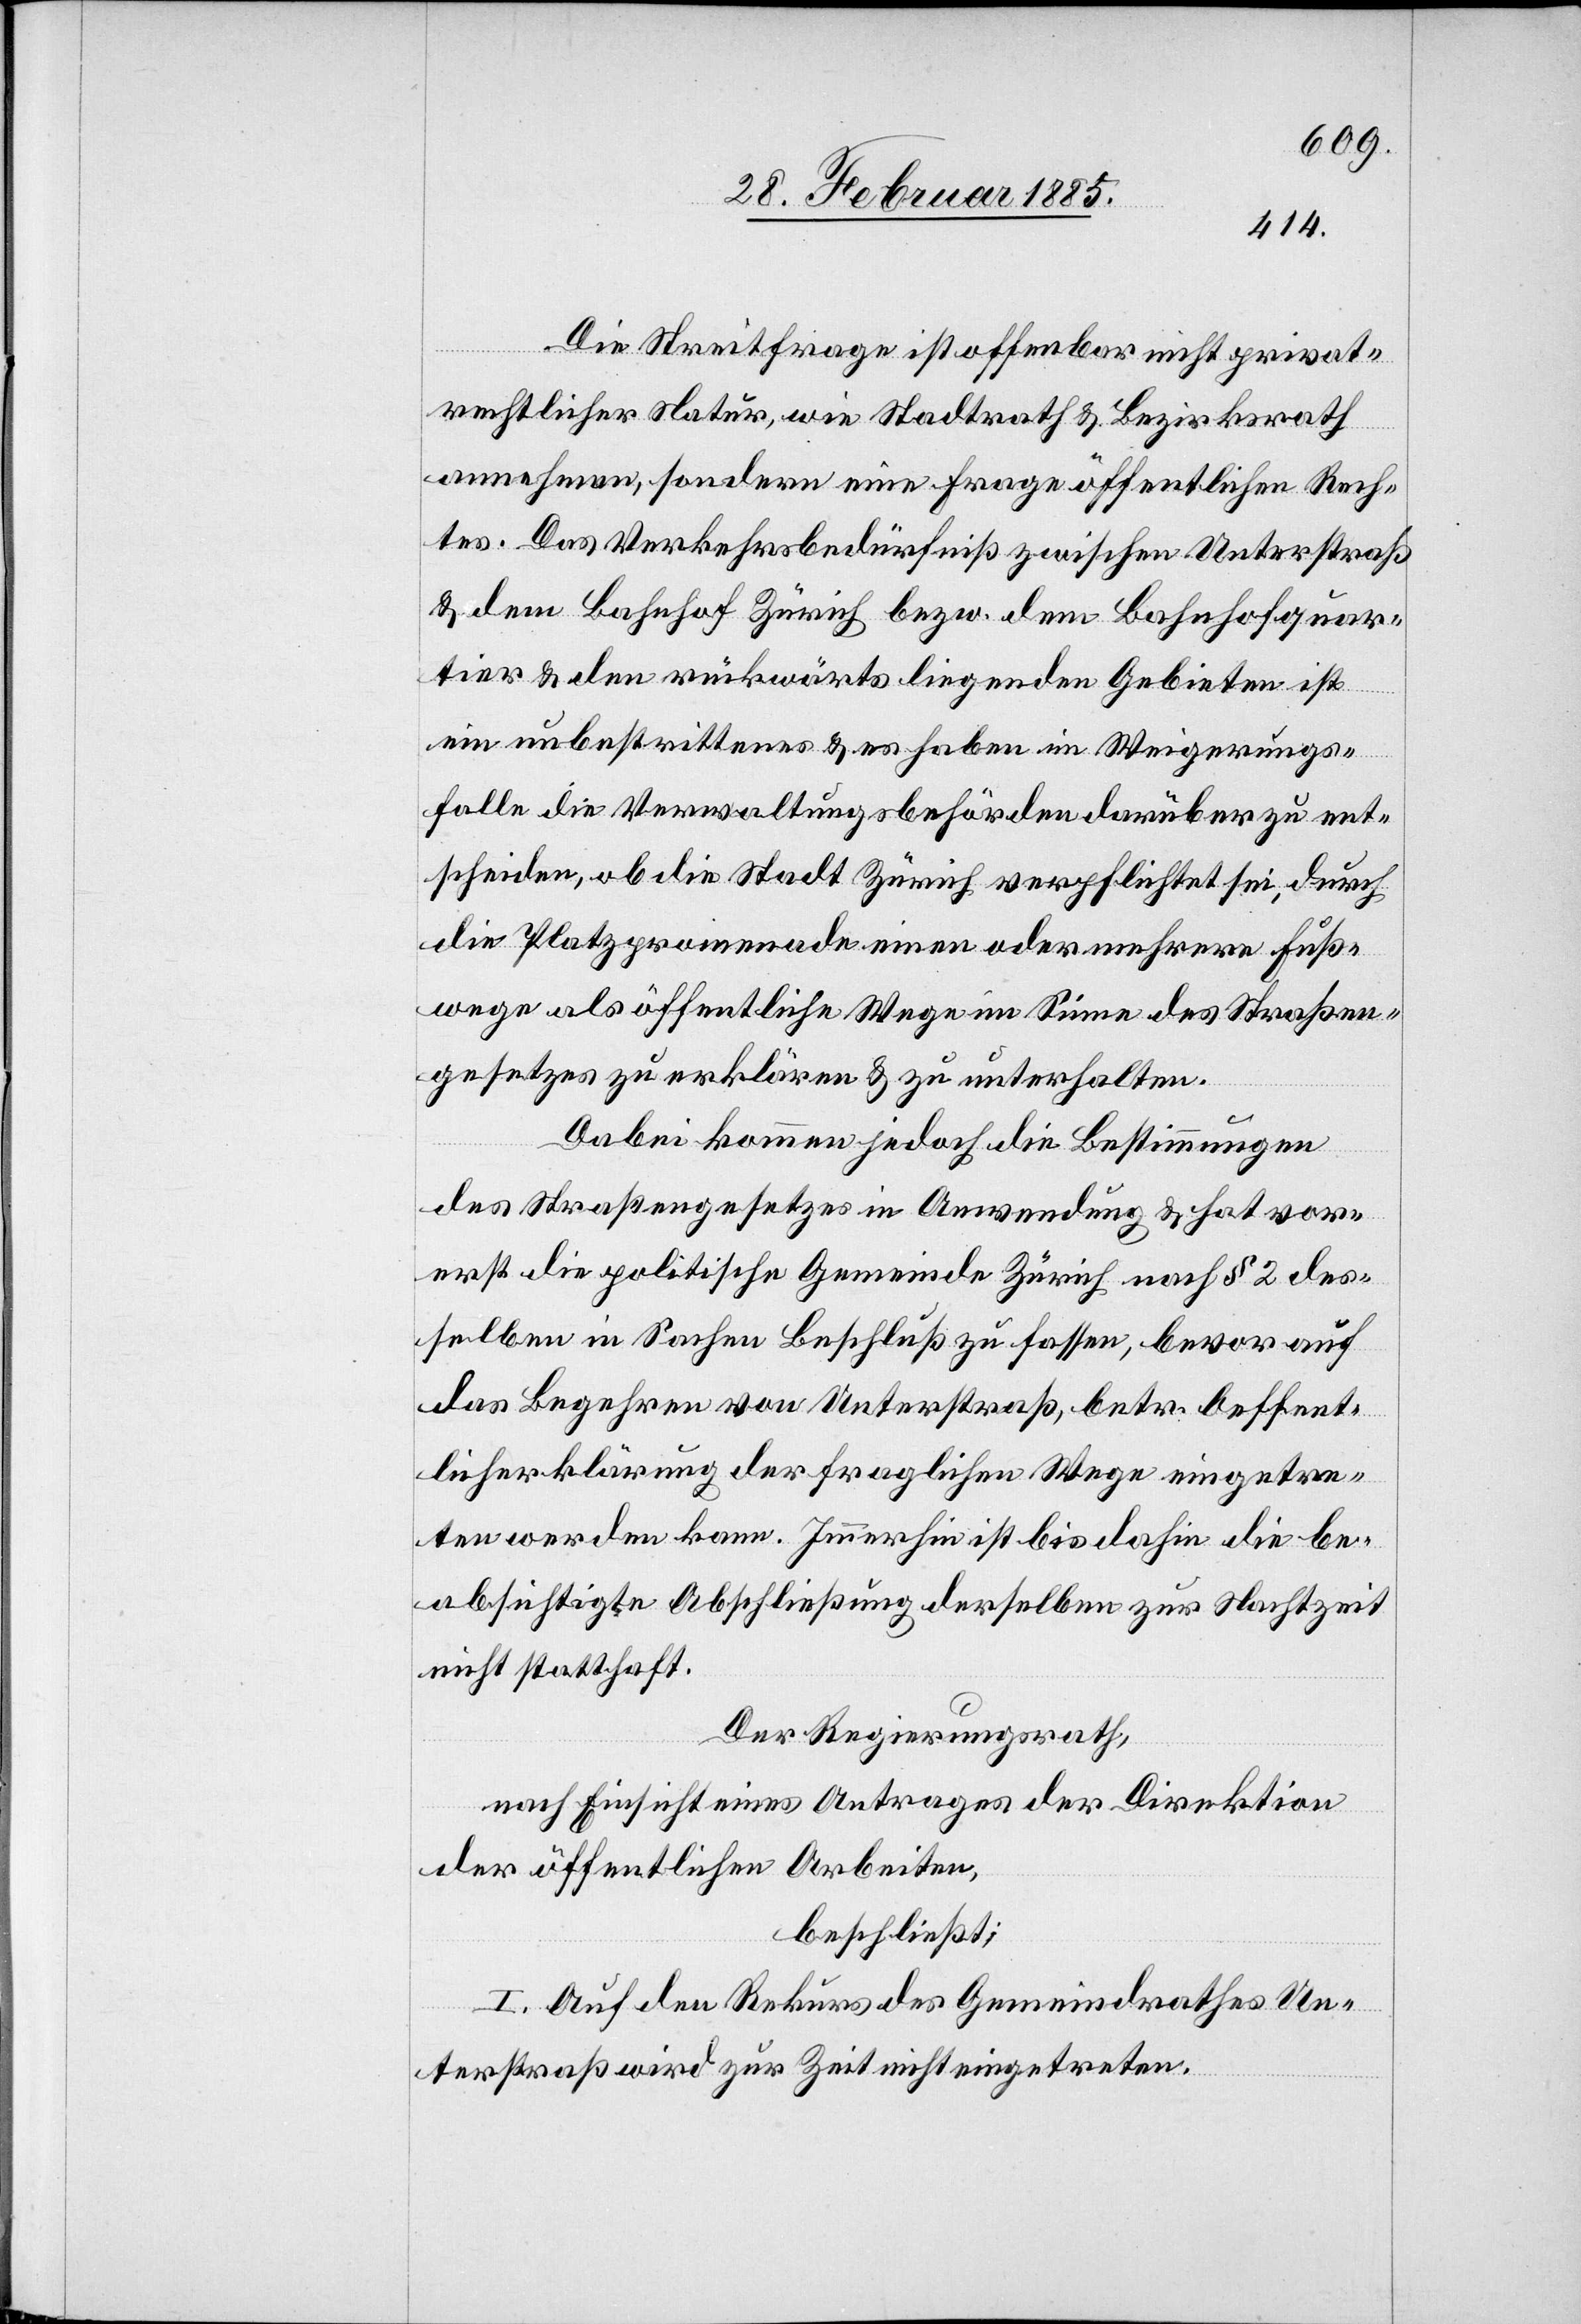
Die Streitfrage ist offenbar nicht privat¬
rechtlicher Natur, wie Stadtrath & Bezirksrath
annehmen, sondern eine Frage öffentlichen Rech¬
tes. Das Verkehrsbedürfniß zwischen Unterstraß
& dem Bahnhof Zürich bezw. dem Bahnhofquar¬
tier & den rückwärts liegenden Gebieten ist
ein unbestrittenes & es haben im Weiterungs¬
falle die Verwaltungsbehörden darüber zu ent¬
scheiden, ob die Stadt Zürich verpflichtet sei, durch
die Platzpromenade einen oder mehrere Fuß¬
wege als öffentliche Wege im Sinne des Straßen¬
gesetzes zu erklären & zu unterhalten.
Dabei kommen jedoch die Bestimmungen
des Straßengesetzes in Anwendung & hat vor¬
erst die politische Gemeinde Zürich nach § 2 des¬
selben in Sachen Beschluß zu fassen, bevor auf
das Begehren von Unterstraß, betr. Oeffent¬
licherklärung der fraglichen Wege eingetre¬
ten werden kann. Immerhin ist bis dahin die be¬
absichtigte Abschließung derselben zu Nachtzeit
nicht statthaft.
Der Regierungsrath,
nach Einsicht eines Antrages der Direktion
der öffentlichen Arbeiten,
beschließt:
I. Auf den Rekus des Gemeindrathes Un¬
terstraß wird zur Zeit nicht eingetreten.